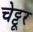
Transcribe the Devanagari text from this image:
चेट्टूर